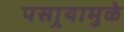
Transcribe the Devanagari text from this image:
पसार्‍यामुळे